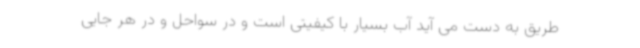
طریق به دست می آید آب بسیار با کیفیتی است و در سواحل و در هر جایی